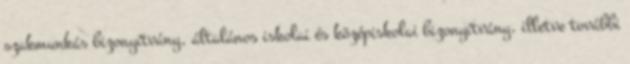
szakmunkás bizonyítvány, általános iskolai és középiskolai bizonyítvány, illetve további